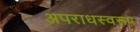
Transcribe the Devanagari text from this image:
अपराधस्वरूप